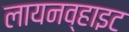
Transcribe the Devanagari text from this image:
लायनव्हाइट